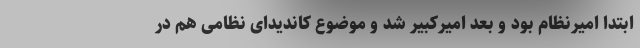
ابتدا امیرنظام بود و بعد امیرکبیر شد و موضوع کاندیدای نظامی هم در